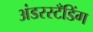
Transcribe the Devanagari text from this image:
अंडरस्टँडिंग